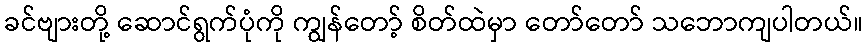
ခင်ဗျားတို့ ဆောင်ရွက်ပုံကို ကျွန်တော့် စိတ်ထဲမှာ တော်တော် သဘောကျပါတယ်။